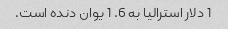
1 دلار استرالیا به 6. 1 یوان دنده است.